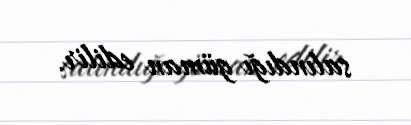
salındığı güman edilir.